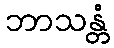
ဘာသန္တံ